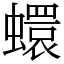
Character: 蠉